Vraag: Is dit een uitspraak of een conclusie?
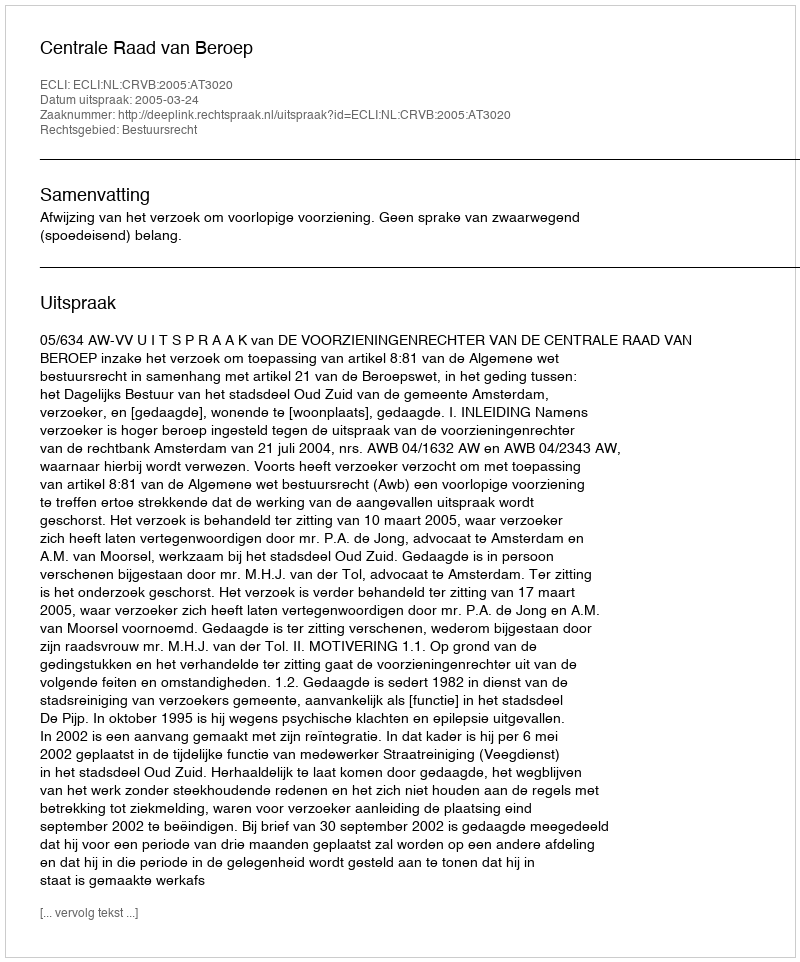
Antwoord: Uitspraak